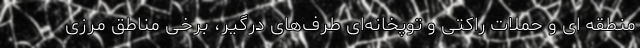
منطقه ای و حملات راکتی و توپخانه‌ای طرف‌های درگیر، برخی مناطق مرزی